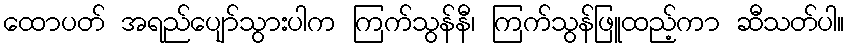
ထောပတ် အရည်ပျော်သွားပါက ကြက်သွန်နီ၊ ကြက်သွန်ဖြူထည့်ကာ ဆီသတ်ပါ။